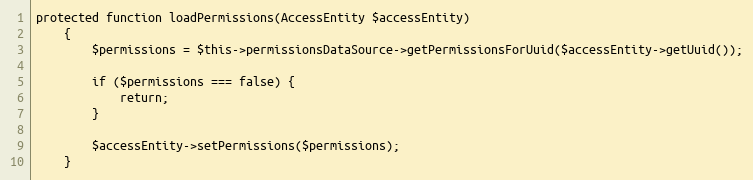
Language: PHP
protected function loadPermissions(AccessEntity $accessEntity)
    {
        $permissions = $this->permissionsDataSource->getPermissionsForUuid($accessEntity->getUuid());

        if ($permissions === false) {
            return;
        }

        $accessEntity->setPermissions($permissions);
    }